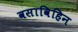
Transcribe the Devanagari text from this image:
वसाविहिन